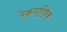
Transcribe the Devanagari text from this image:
रेकयाविक